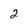
Character: 2